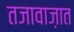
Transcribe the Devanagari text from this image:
तजावाज़ात